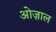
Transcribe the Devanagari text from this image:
ओज़ाल